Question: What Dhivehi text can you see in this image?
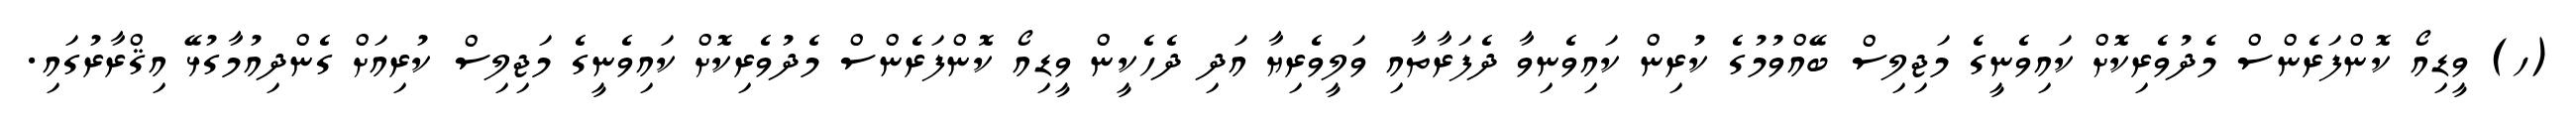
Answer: (ހ) ވީޑިއޯ ކޮންފަރެންސް މެދުވެރިކޮށް ކައިވެނީގެ މަޖިލިސް ބޭއްވުމުގެ ކުރިން ކައިވެނިވާ ދެފަރާތާއި ވަލީވެރިޔާ އަދި ދެހެކީން ވީޑިއޯ ކޮންފަރެންސް މެދުވެރިކޮށް ކައިވެނީގެ މަޖިލިސް ކުރިއަށް ގެންދިއުމާގުޅޭ އިޤްރާރުގައި.